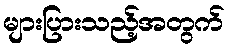
များပြားသည့်အတွက်